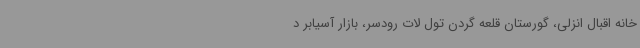
خانه اقبال انزلی، گورستان قلعه گردن تول لات رودسر، بازار آسیابر د